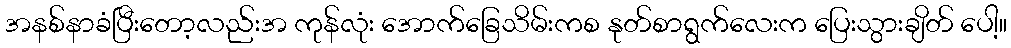
အနစ်နာခံပြီးတော့လည်းအ ကုန်လုံး အောက်ခြေသိမ်းကစ နုတ်စာရွက်လေးက ပြေးသွားချိတ် ပေါ့။